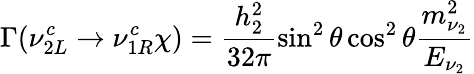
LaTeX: \Gamma(\nu_{2L}^{c}\rightarrow\nu_{1R}^{c}\chi)=\frac{h_{2}^{2}}{32\pi}\sin^{2}{\theta}\cos^{2}{\theta}\frac{m_{\nu_{2}}^{2}}{E_{\nu_{2}}}